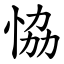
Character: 恊